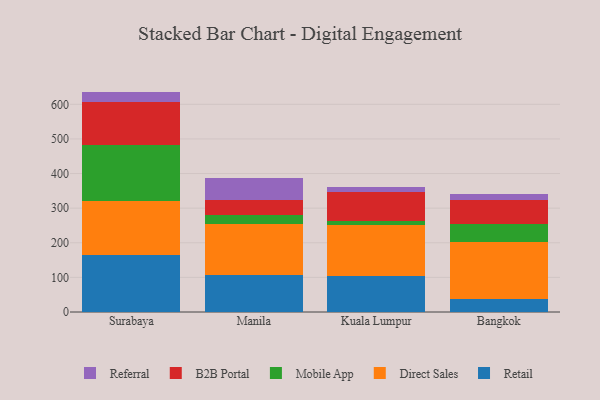
{"axis": {"x": "City", "y": "Headcount"}, "legend": ["B2B Portal", "Direct Sales", "Mobile App", "Referral", "Retail"], "data": [{"x": "Surabaya", "y": 163.7, "type": "Retail"}, {"x": "Surabaya", "y": 157.2, "type": "Direct Sales"}, {"x": "Surabaya", "y": 160.7, "type": "Mobile App"}, {"x": "Surabaya", "y": 126.5, "type": "B2B Portal"}, {"x": "Surabaya", "y": 28.7, "type": "Referral"}, {"x": "Manila", "y": 105.8, "type": "Retail"}, {"x": "Manila", "y": 149.4, "type": "Direct Sales"}, {"x": "Manila", "y": 25.2, "type": "Mobile App"}, {"x": "Manila", "y": 44.1, "type": "B2B Portal"}, {"x": "Manila", "y": 63.8, "type": "Referral"}, {"x": "Kuala Lumpur", "y": 104.6, "type": "Retail"}, {"x": "Kuala Lumpur", "y": 146.8, "type": "Direct Sales"}, {"x": "Kuala Lumpur", "y": 11.1, "type": "Mobile App"}, {"x": "Kuala Lumpur", "y": 85.1, "type": "B2B Portal"}, {"x": "Kuala Lumpur", "y": 14.3, "type": "Referral"}, {"x": "Bangkok", "y": 37.5, "type": "Retail"}, {"x": "Bangkok", "y": 164.3, "type": "Direct Sales"}, {"x": "Bangkok", "y": 51.4, "type": "Mobile App"}, {"x": "Bangkok", "y": 69.9, "type": "B2B Portal"}, {"x": "Bangkok", "y": 19.0, "type": "Referral"}]}